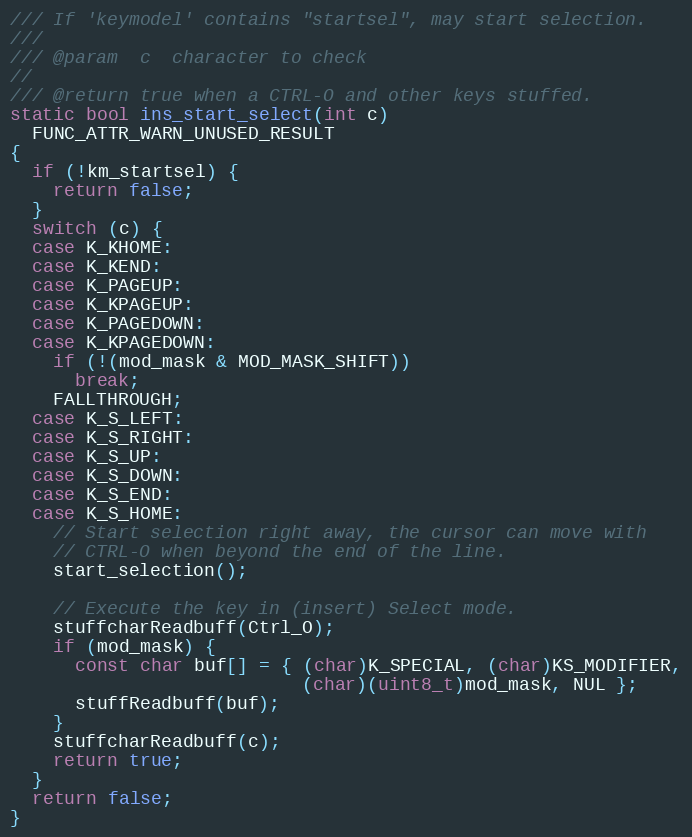
Language: C
/// If 'keymodel' contains "startsel", may start selection.
///
/// @param  c  character to check
//
/// @return true when a CTRL-O and other keys stuffed.
static bool ins_start_select(int c)
  FUNC_ATTR_WARN_UNUSED_RESULT
{
  if (!km_startsel) {
    return false;
  }
  switch (c) {
  case K_KHOME:
  case K_KEND:
  case K_PAGEUP:
  case K_KPAGEUP:
  case K_PAGEDOWN:
  case K_KPAGEDOWN:
    if (!(mod_mask & MOD_MASK_SHIFT))
      break;
    FALLTHROUGH;
  case K_S_LEFT:
  case K_S_RIGHT:
  case K_S_UP:
  case K_S_DOWN:
  case K_S_END:
  case K_S_HOME:
    // Start selection right away, the cursor can move with
    // CTRL-O when beyond the end of the line.
    start_selection();

    // Execute the key in (insert) Select mode.
    stuffcharReadbuff(Ctrl_O);
    if (mod_mask) {
      const char buf[] = { (char)K_SPECIAL, (char)KS_MODIFIER,
                           (char)(uint8_t)mod_mask, NUL };
      stuffReadbuff(buf);
    }
    stuffcharReadbuff(c);
    return true;
  }
  return false;
}